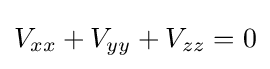
V_{xx}+V_{yy}+V_{zz}=0